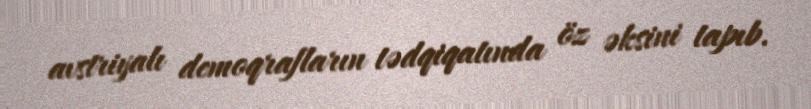
avstriyalı demoqrafların tədqiqatında öz əksini tapıb.